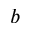
b